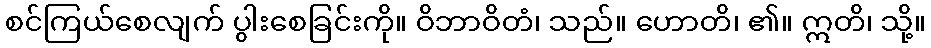
စင်ကြယ်စေလျက် ပွါးစေခြင်းကို။ ဝိဘာဝိတံ၊ သည်။ ဟောတိ၊ ၏။ ဣတိ၊ သို့။